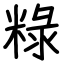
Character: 粶